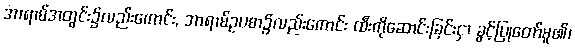
အာရာမ်အတွင်း၌လည်းကောင်း, အာရာမ်ဥပစာ၌လည်းကောင်း ထီးကိုဆောင်းခြင်းငှာ ခွင့်ပြုတော်မူ၏၊